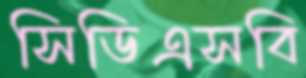
সিডিএসবি